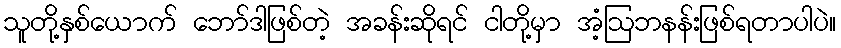
သူတို့နှစ်ယောက် ဘော်ဒါဖြစ်တဲ့ အခန်းဆိုရင် ငါတို့မှာ အံ့ဩဘနန်းဖြစ်ရတာပါပဲ။